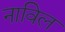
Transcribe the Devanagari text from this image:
नाविल